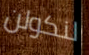
لنكولن